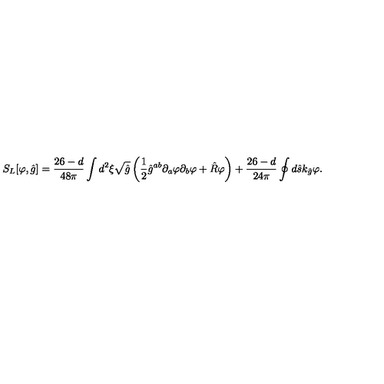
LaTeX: { S _ { L } } [ \varphi , \hat { g } ] = { \frac { 2 6 - d } { 4 8 \pi } } \int { d ^ { 2 } } \xi \sqrt { \hat { g } } \left( { \frac { 1 } { 2 } } { \hat { g } ^ { a b } } { \partial _ { a } } \varphi { \partial _ { b } } \varphi + \hat { R } \varphi \right) + { \frac { 2 6 - d } { 2 4 \pi } } \oint { d } \hat { s } { k _ { \hat { g } } } \varphi .